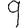
Digit: 9